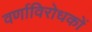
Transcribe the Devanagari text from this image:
वर्णाविरोधकों